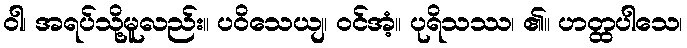
ဝါ၊ အရပ်သို့မူလည်း။ ပဝိသေယျ၊ ဝင်အံ့။ ပုရိသဿ၊ ၏။ ဟတ္ထပါသေ၊